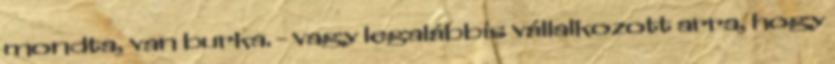
mondta, van burka. - vagy legalábbis vállalkozott arra, hogy